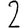
Digit: 2